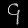
Digit: ၄